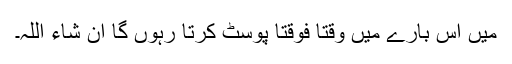
میں اس بارے میں وقتًا فوقتًا پوسٹ کرتا رہوں گا ان شاء اللہ۔